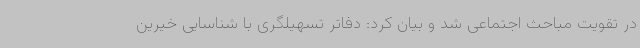
در تقویت مباحث اجتماعی شد و بیان کرد: دفاتر تسهیلگری با شناسایی خیرین